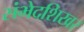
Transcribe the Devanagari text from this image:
संभेदशिखर